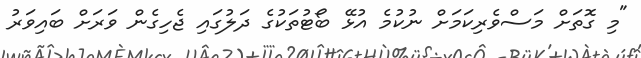
"މި ގޮތަށް މަސްވެރިކަމަށް ނުކުމެ އުޅޭ ބޯޓުތަކުގެ ދަލުގައި ޖެހިގެން ވަރަށް ބައިވަރު